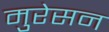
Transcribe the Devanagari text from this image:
मुरेसन